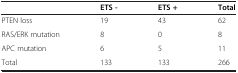
<table><thead><tr><td><b> </b></td><td><b>ETS -</b></td><td><b>ETS +</b></td><td><b>Total</b></td></tr></thead><tbody><tr><td>PTEN loss</td><td>19</td><td>43</td><td>62</td></tr><tr><td>RAS/ERK mutation</td><td>8</td><td>0</td><td>8</td></tr><tr><td>APC mutation</td><td>6</td><td>5</td><td>11</td></tr><tr><td>Total</td><td>133</td><td>133</td><td>266</td></tr></tbody></table>